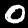
Digit: 0